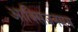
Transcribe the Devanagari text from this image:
आक्सिजनमय